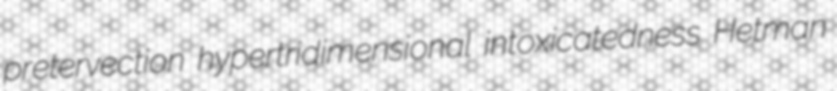
pretervection hypertridimensional intoxicatedness Hetman